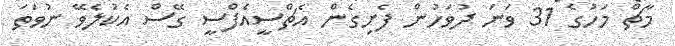
މާޗް މަހުގެ 31 ވަނަ ދުވަހުން ފެށިގެން އެޗްސީއެފްސީ ގޭސް އެކުލެވޭ ނުވަތަ